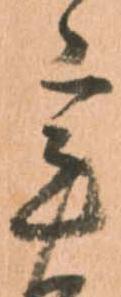
辛